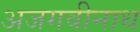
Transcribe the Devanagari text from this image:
अजगवीनाथ